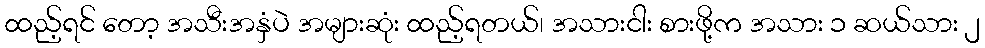
ထည့်ရင် တော့ အသီးအနှံပဲ အများဆုံး ထည့်ရတယ်၊ အသားငါး စားဖို့က အသား ၁ ဆယ်သား ၂